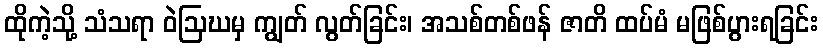
ထိုကဲ့သို့ သံသရာ ဝဲဩဃမှ ကျွတ် လွတ်ခြင်း၊ အသစ်တစ်ဖန် ဇာတိ ထပ်မံ မဖြစ်ပွားရခြင်း